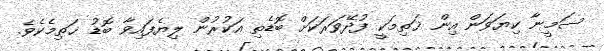
ސަމީނާ ކިޔަވަން އިން ޚަތިމަކީ ފުދޭވަރަކަށް ބޮޑެތި އަކުރުން ލިޔެފައިވާ ބޮޑު ޚަތިމެކެވެ.